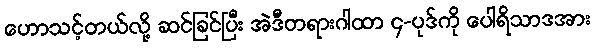
ဟောသင့်တယ်လို့ ဆင်ခြင်ပြီး အဲဒီတရားဂါထာ ၄-ပုဒ်ကို ပေါရိသာဒအား